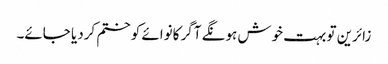
زائرین تو بہت خوش ہونگے آگر کانوائے کو ختم کردیا جائے۔